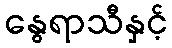
နွေရာသီနှင့်